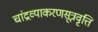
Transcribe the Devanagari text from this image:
चांद्रव्याकरणसूत्रवृत्ति